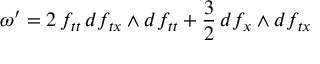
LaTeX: \omega ^ { \prime } = 2 \, f _ { t t } \, d f _ { t x } \wedge d f _ { t t } + \frac { 3 } { 2 } \, d f _ { x } \wedge d f _ { t x }